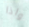
واذا